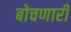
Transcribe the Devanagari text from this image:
बोचणारी